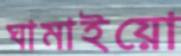
ঘামাইয়ো